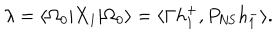
\lambda = \langle \Omega _ { 0 } | X _ { 1 } | \Omega _ { 0 } \rangle = \langle \Gamma h _ { 1 } ^ { + } , P _ { \mathrm { N S } } h _ { 1 } ^ { - } \rangle .